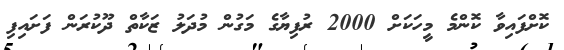
ކޮށްފައިވާ ކޮންމެ މީހަކަށް 2000 ރުފިޔާގެ މަގުން މުދަލު ޒަކާތް ދޫކުރަން ފަށައިފި